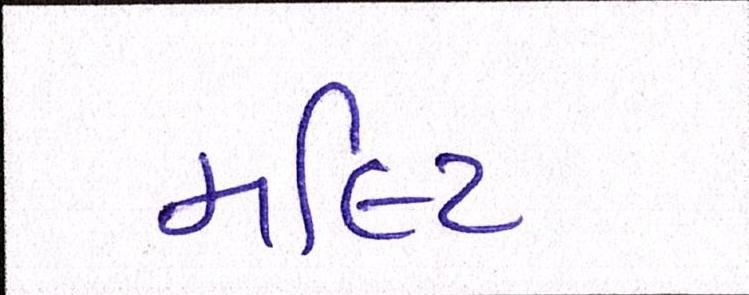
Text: મલ્ટિ